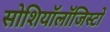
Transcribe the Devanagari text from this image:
सोशियॉलॉजिस्टों